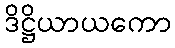
ဒိဋ္ဌိယာယကော